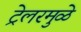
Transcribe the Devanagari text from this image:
ट्रेलरमुळे